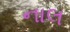
નાલ